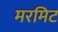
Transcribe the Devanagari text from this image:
मरमिट